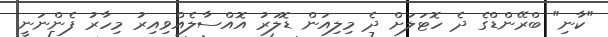
"ކާނި" ބްރޭންޑްގެ ދެ ހޮޓަލަށް ދެ މިލިއަން ޑޮލަރު އޮއްސާލެއްވިއިރު މިހާރު ފެންނަނީ